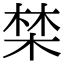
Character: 𣓏